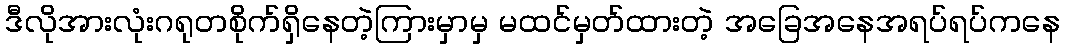
ဒီလိုအားလုံးဂရုတစိုက်ရှိနေတဲ့ကြားမှာမှ မထင်မှတ်ထားတဲ့ အခြေအနေအရပ်ရပ်ကနေ